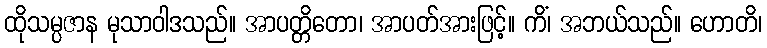
ထိုသမ္ပဇာန မုသာဝါဒသည်။ အာပတ္တိတော၊ အာပတ်အားဖြင့်။ ကိံ၊ အဘယ်သည်။ ဟောတိ၊